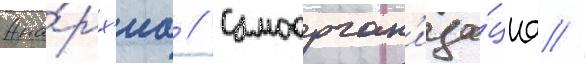
Ана́рх'иа // Самоорган'иза́циа //